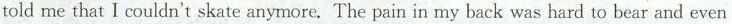
told me that I couldn't skate anymore. The pain in my back was hard to bear and even